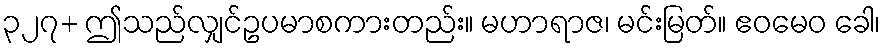
၃၂၇+ ဤသည်လျှင်ဥပမာစကားတည်း။ မဟာရာဇ၊ မင်းမြတ်။ ဧဝမေဝ ခေါ၊